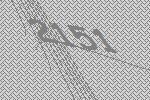
2151